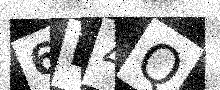
Text: 6B4Q